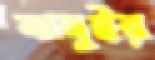
বাবুইর